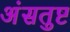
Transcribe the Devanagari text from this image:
अंसतुष्ट